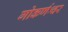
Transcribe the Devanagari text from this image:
गोकर्णश्वर